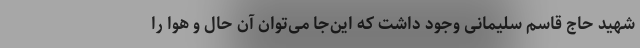
شهید حاج قاسم سلیمانی وجود داشت که این‌جا می‌توان آن حال و هوا را